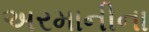
અરમાનીના